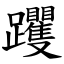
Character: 躩